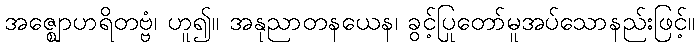
အဇ္ဈောဟရိတဗ္ဗံ၊ ဟူ၍။ အနုညာတနယေန၊ ခွင့်ပြုတော်မူအပ်သောနည်းဖြင့်။